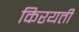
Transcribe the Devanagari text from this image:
किरयती